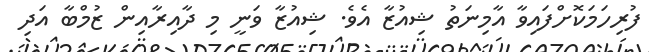
ފުރިހަމަކޮށްފައިވާ އާމިނަތު ޝިއުޒާ އެވެ. ޝިއުޒާ ވަނީ މި ދާއިރާއިން ޒުމްބާ އަދި